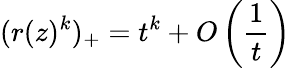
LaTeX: (r(z)^{k})_{+}=t^{k}+O\left(\frac 1t\right)